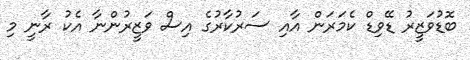
ބޮޑުވަޒީރު ޑޭވިޑް ކެމަރަން އާއި ސަރުކާރުގެ އިސް ވަޒީރުންނާ އެކު ރާނީ މި